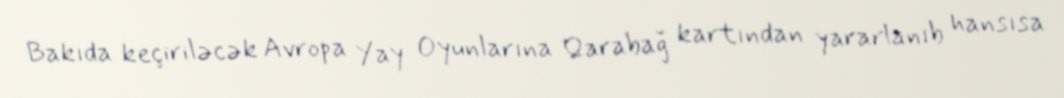
Bakıda keçiriləcək Avropa Yay Oyunlarına Qarabağ kartından yararlanıb hansısa